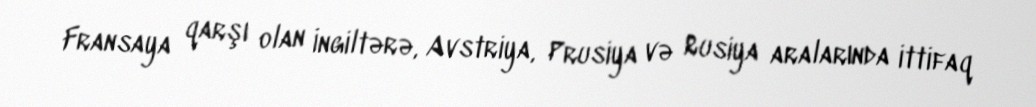
Fransaya qarşı olan İngiltərə, Avstriya, Prusiya və Rusiya aralarında ittifaq